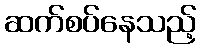
ဆက်စပ်နေသည့်